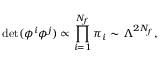
\operatorname * { d e t } ( \phi ^ { i } \phi ^ { j } ) \propto \prod _ { i = 1 } ^ { N _ { f } } \pi _ { i } \sim \Lambda ^ { 2 N _ { f } } ,